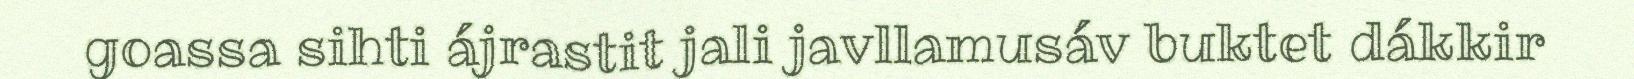
goassa sihti ájrastit jali javllamusáv buktet dákkir